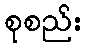
စုစည်း